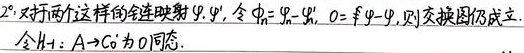
\(2^{\circ}\) 又对两个这样的链映射 \(\psi,\psi'\)，令 \(\varphi_n=\psi_n - \psi_n'\)，\(\theta=\psi-\psi'\)，则交换图仍成立。令 \(H_1:A\rightarrow C_0'\) 为 \(0\) 同态。